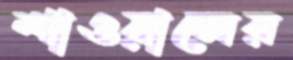
শাওয়ালের